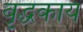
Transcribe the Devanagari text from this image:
वृद्धकाय